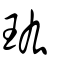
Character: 𤣾